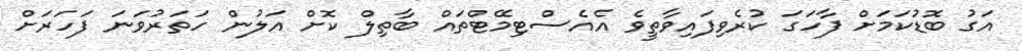
އަގު ބޮޑުކަމަށް ފާހަގަ ކުރެވިފައިވާތީވެ އެއެސްޓިމޭޓްތައް ބާތިލް ކޮށް އަލުން ހަތަރުވަނަ ފަހަރަށް